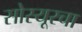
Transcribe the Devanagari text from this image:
सोस्यूरचा